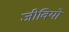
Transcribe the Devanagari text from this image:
जीवियो